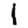
Digit: 1